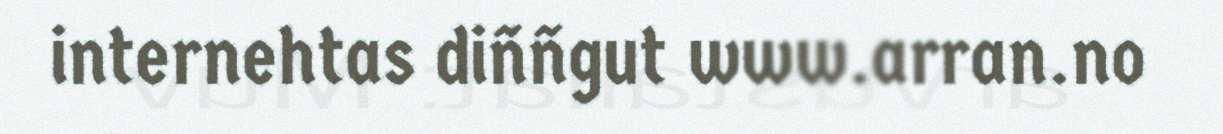
internehtas diññgut www.arran.no